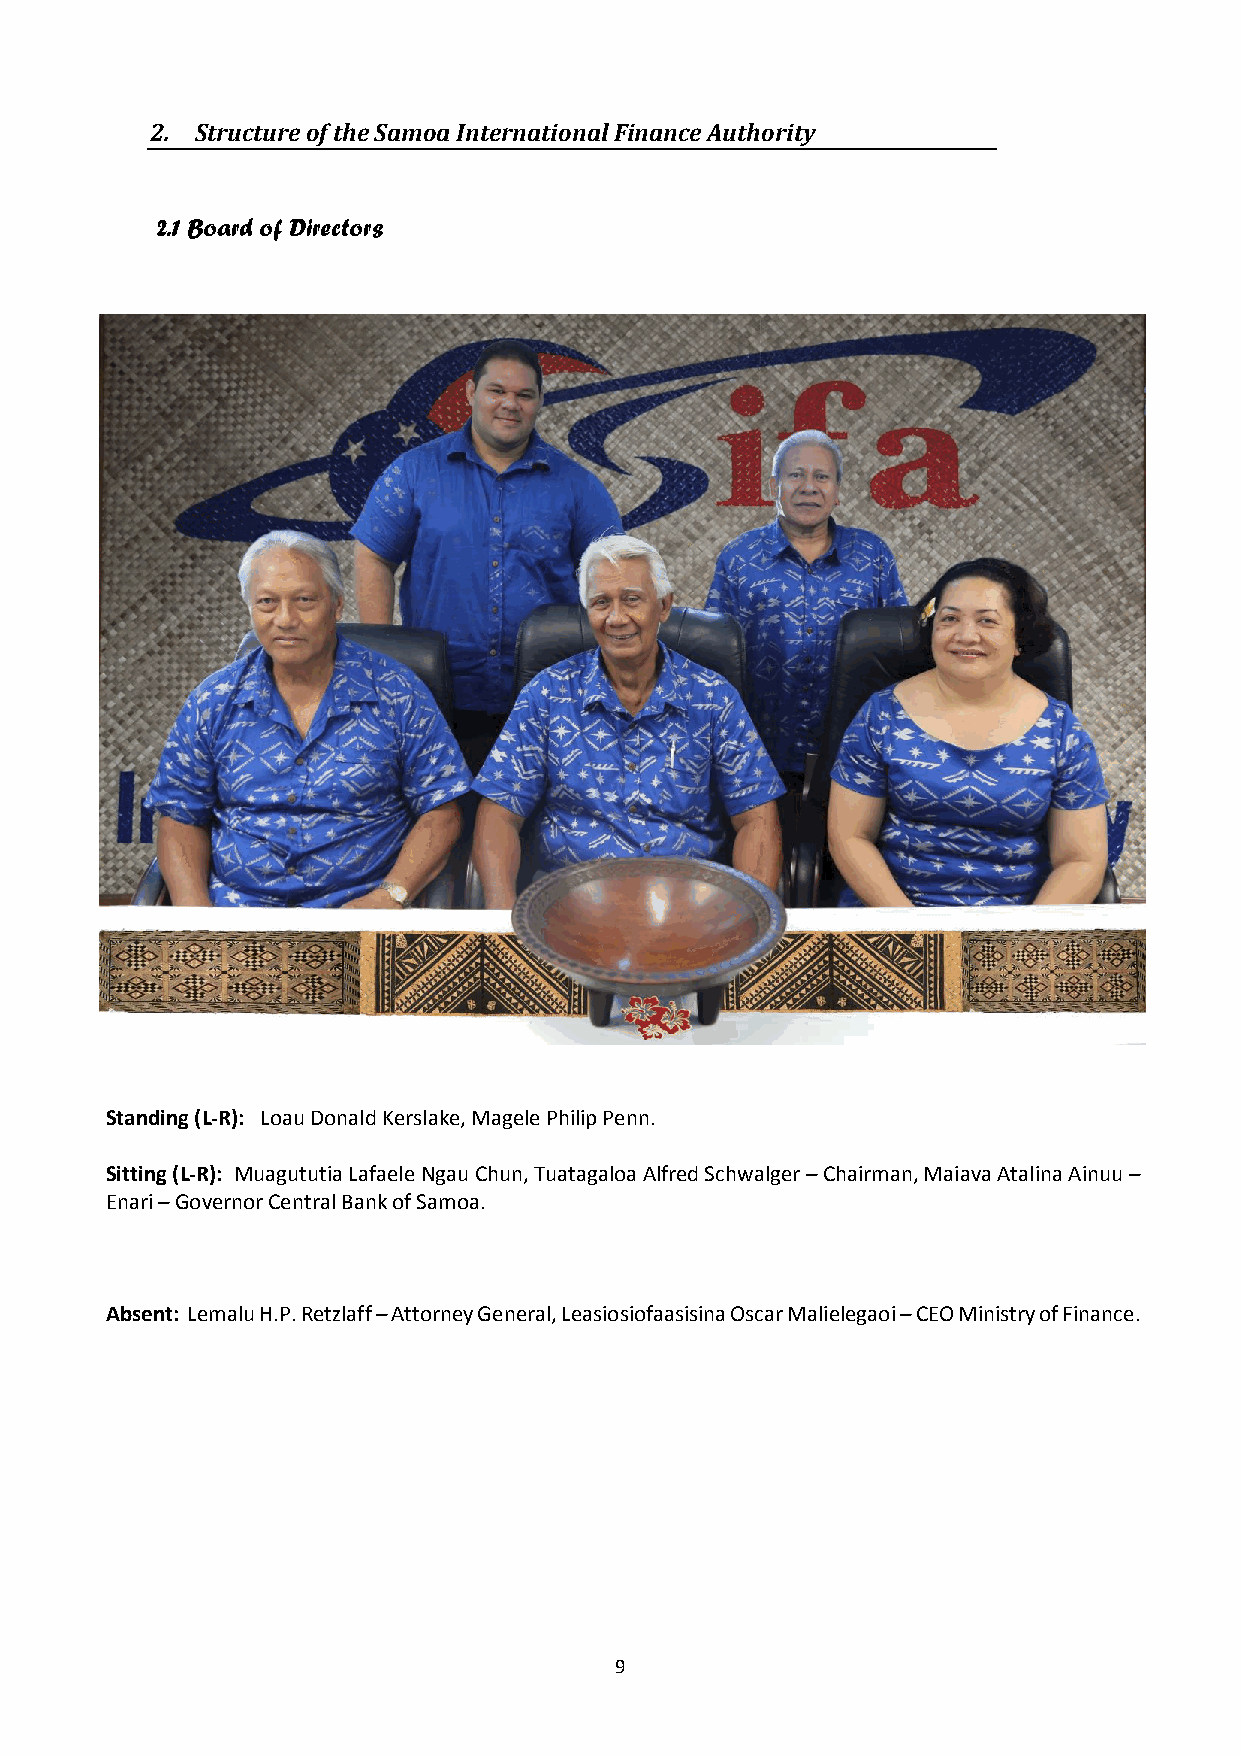
2. Structure of the Samoa International Finance Authority
 2.1 Board of Directors
 Standing (L-R): Loau Donald Kerslake, Magele Philip Penn.
 Sitting (L-R): Muagututia Lafaele Ngau Chun, Tuatagaloa Alfred Schwalger – Chairman, Maiava Atalina Ainuu –
 Enari – Governor Central Bank of Samoa.
 Absent: Lemalu H.P. Retzlaff – Attorney General, Leasiosiofaasisina Oscar Malielegaoi – CEO Ministry of Finance.
 9